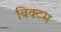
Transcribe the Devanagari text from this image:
विक्टम